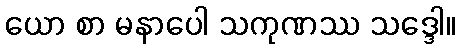
ယော စာ မနာပေါ သကုဏဿ သဒ္ဒေါ။